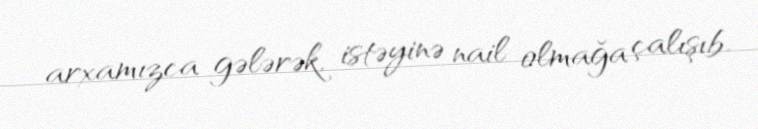
arxamızca gələrək, istəyinə nail olmağa çalışıb.